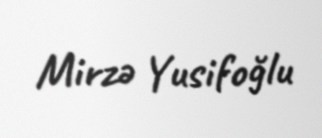
Mirzə Yusifoğlu